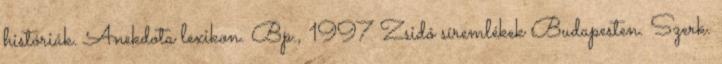
históriák. Anekdota lexikon. Bp., 1997 Zsidó síremlékek Budapesten. Szerk.